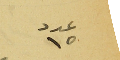
عدد ١٥